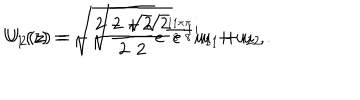
U _ { 1 } ( z ) = \sqrt { \frac { 2 - \sqrt { 2 } } { 2 } } e ^ { \frac { 1 1 \pi } { 8 } i } u _ { 1 } + u _ { 2 } ~ , \hspace { 0 . 5 c m } U _ { 2 } ( z ) = - \sqrt { \frac { 2 + \sqrt { 2 } } { 2 } } e ^ { \frac { \pi } { 8 } i } u _ { 1 } + u _ { 2 } ~ .